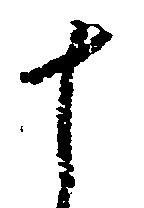
十